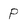
Character: P